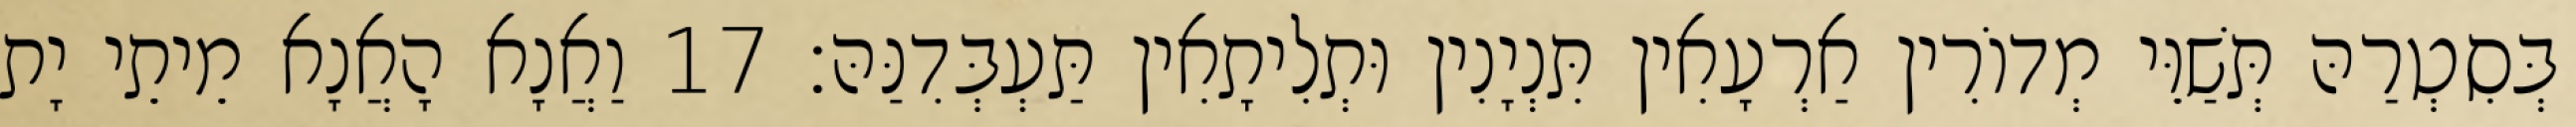
בְּסִטְרַהּ תְּשַׁוֵּי מְדוֹרִין אַרְעָאִין תִּנְיָנִין וּתְלִיתָאִין תַּעְבְּדִנַּהּ׃ 17 וַאֲנָא הָאֲנָא מֵיתֵי יָת